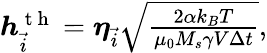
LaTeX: \begin{array}{r}{\boldsymbol{h}_{\vec{i}}^{\mathrm{~t~h~}}=\boldsymbol{\eta}_{\vec{i}}\sqrt{\frac{2\alpha k_{B}T}{\mu_{0}M_{s}\gamma V\Delta t}},}\end{array}